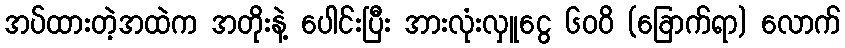
အပ်ထားတဲ့အထဲက အတိုးနဲ့ ပေါင်းပြီး အားလုံးလှူငွေ ၆၀၀ိ (ခြောက်ရာ) လောက်